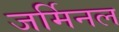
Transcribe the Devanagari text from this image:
जर्मिनल